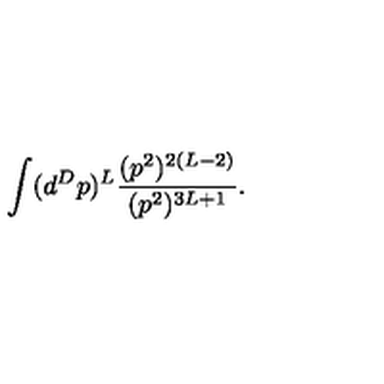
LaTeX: \int ( d ^ { D } p ) ^ { L } { \frac { ( p ^ { 2 } ) ^ { 2 ( L - 2 ) } } { ( p ^ { 2 } ) ^ { 3 L + 1 } } } .